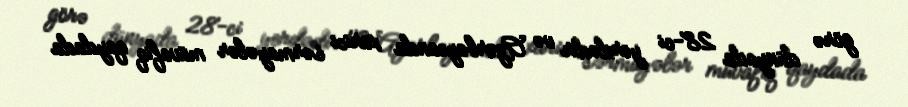
görə dünyada 28-ci yerdədir və Azərbaycanda xarici sərmayələr müvafiq qaydada